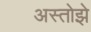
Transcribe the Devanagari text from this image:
अस्तोझे